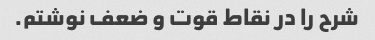
شرح را در نقاط قوت و ضعف نوشتم.